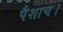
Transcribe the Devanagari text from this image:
पैशाच।